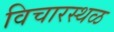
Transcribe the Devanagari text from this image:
विचारस्थळ